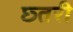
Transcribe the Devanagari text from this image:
छ्तरी